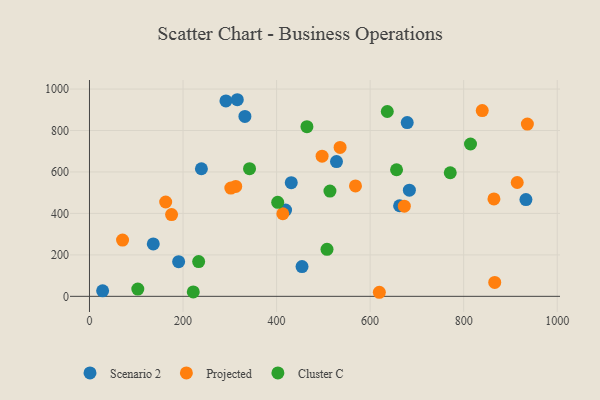
{"axis": {"x": "Engine Size", "y": "Demand"}, "legend": ["Cluster C", "Projected", "Scenario 2"], "data": [{"x": "528.1", "y": 650.1, "type": "Scenario 2"}, {"x": "683.9", "y": 512.3, "type": "Scenario 2"}, {"x": "419.2", "y": 416.0, "type": "Scenario 2"}, {"x": "663.0", "y": 437.1, "type": "Scenario 2"}, {"x": "239.3", "y": 615.5, "type": "Scenario 2"}, {"x": "933.1", "y": 466.7, "type": "Scenario 2"}, {"x": "332.3", "y": 868.1, "type": "Scenario 2"}, {"x": "136.4", "y": 252.8, "type": "Scenario 2"}, {"x": "431.4", "y": 548.1, "type": "Scenario 2"}, {"x": "679.3", "y": 838.3, "type": "Scenario 2"}, {"x": "28.1", "y": 26.5, "type": "Scenario 2"}, {"x": "291.7", "y": 942.6, "type": "Scenario 2"}, {"x": "454.4", "y": 143.8, "type": "Scenario 2"}, {"x": "190.6", "y": 167.4, "type": "Scenario 2"}, {"x": "316.0", "y": 948.5, "type": "Scenario 2"}, {"x": "312.7", "y": 530.1, "type": "Projected"}, {"x": "864.7", "y": 469.8, "type": "Projected"}, {"x": "839.7", "y": 896.1, "type": "Projected"}, {"x": "866.4", "y": 67.2, "type": "Projected"}, {"x": "497.3", "y": 676.4, "type": "Projected"}, {"x": "413.3", "y": 398.4, "type": "Projected"}, {"x": "568.7", "y": 532.8, "type": "Projected"}, {"x": "619.7", "y": 19.6, "type": "Projected"}, {"x": "914.5", "y": 549.2, "type": "Projected"}, {"x": "302.2", "y": 522.1, "type": "Projected"}, {"x": "673.1", "y": 434.9, "type": "Projected"}, {"x": "162.9", "y": 455.0, "type": "Projected"}, {"x": "936.2", "y": 831.1, "type": "Projected"}, {"x": "175.5", "y": 394.5, "type": "Projected"}, {"x": "70.7", "y": 271.4, "type": "Projected"}, {"x": "535.8", "y": 718.2, "type": "Projected"}, {"x": "103.3", "y": 35.1, "type": "Cluster C"}, {"x": "342.2", "y": 616.0, "type": "Cluster C"}, {"x": "514.1", "y": 507.9, "type": "Cluster C"}, {"x": "507.8", "y": 227.0, "type": "Cluster C"}, {"x": "233.4", "y": 167.8, "type": "Cluster C"}, {"x": "656.5", "y": 610.6, "type": "Cluster C"}, {"x": "814.6", "y": 735.0, "type": "Cluster C"}, {"x": "402.4", "y": 453.6, "type": "Cluster C"}, {"x": "464.9", "y": 818.6, "type": "Cluster C"}, {"x": "771.3", "y": 596.1, "type": "Cluster C"}, {"x": "221.9", "y": 21.3, "type": "Cluster C"}, {"x": "636.7", "y": 891.8, "type": "Cluster C"}]}